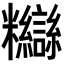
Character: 𥽸